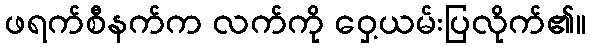
ဖရက်စီနက်က လက်ကို ဝှေ့ယမ်းပြလိုက်၏။